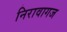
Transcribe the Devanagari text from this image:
निरावागज